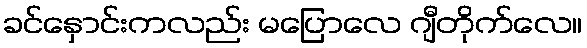
ခင်နှောင်းကလည်း မပြောလေ ဂျီတိုက်လေ။